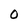
Character: 0